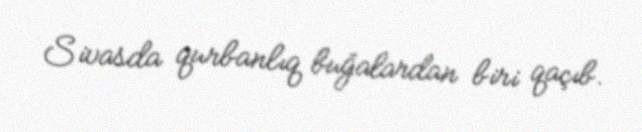
Sivasda qurbanlıq buğalardan biri qaçıb.